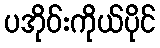
ပအိုဝ်းကိုယ်ပိုင်